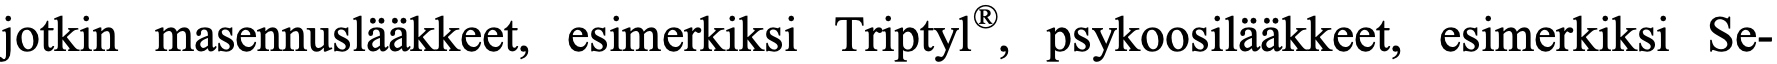
jotkin masennuslääkkeet, esimerkiksi Triptyl®, psykoosilääkkeet, esimerkiksi Se-